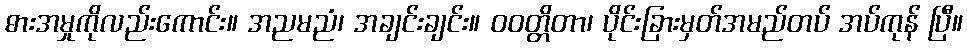
ဓားအမှုကိုလည်းကောင်း။ အညမညံ၊ အချင်းချင်း။ ဝဝတ္တိတာ၊ ပိုင်းခြားမှတ်အမည်တပ် အပ်ကုန် ပြီ။